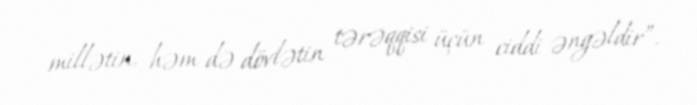
millətin, həm də dövlətin tərəqqisi üçün ciddi əngəldir”.